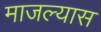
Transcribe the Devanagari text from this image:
माजल्यास